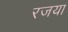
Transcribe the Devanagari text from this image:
रजया